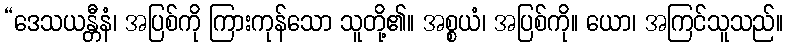
“ဒေသယန္တီနံ၊ အပြစ်ကို ကြားကုန်သော သူတို့၏။ အစ္စယံ၊ အပြစ်ကို။ ယော၊ အကြင်သူသည်။